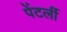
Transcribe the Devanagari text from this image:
पेंटर्ली